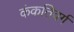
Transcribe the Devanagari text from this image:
कंकतिवर्ग